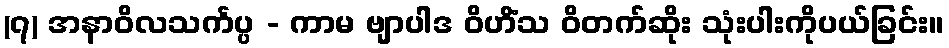
(၇) အနာဝိလသင်္ကပ္ပ - ကာမ ဗျာပါဒ ဝိဟိံသ ဝိတက်ဆိုး သုံးပါးကိုပယ်ခြင်း။